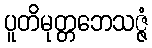
ပူတိမုတ္တဘေသဇ္ဇံ